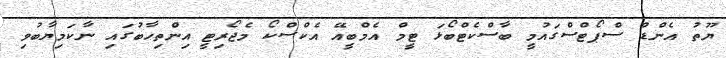
ޔޫތު އެންޑް ސްޕޯޓްސްގައުމީ ބާސްކެޓްބޯޅަ ޓީމް އެމްބީއޭ އެކްސްކޯ މެޖޯރިޓީ އިންތިހާބުގައި ނާކަމިޔާބުވި